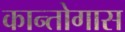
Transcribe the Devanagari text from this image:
कान्तोगास